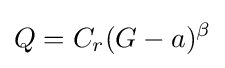
Q=C_{r}(G-a)^{\beta }